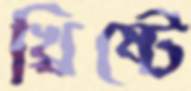
খ্রিষ্টে